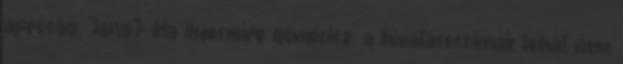
apróság. JanaJ: Ha ilyesmire gondolsz: a hivatásosoknak tehát nem